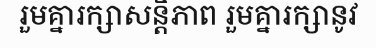
រួមគ្នារក្សាសន្តិភាព រួមគ្នារក្សានូវ